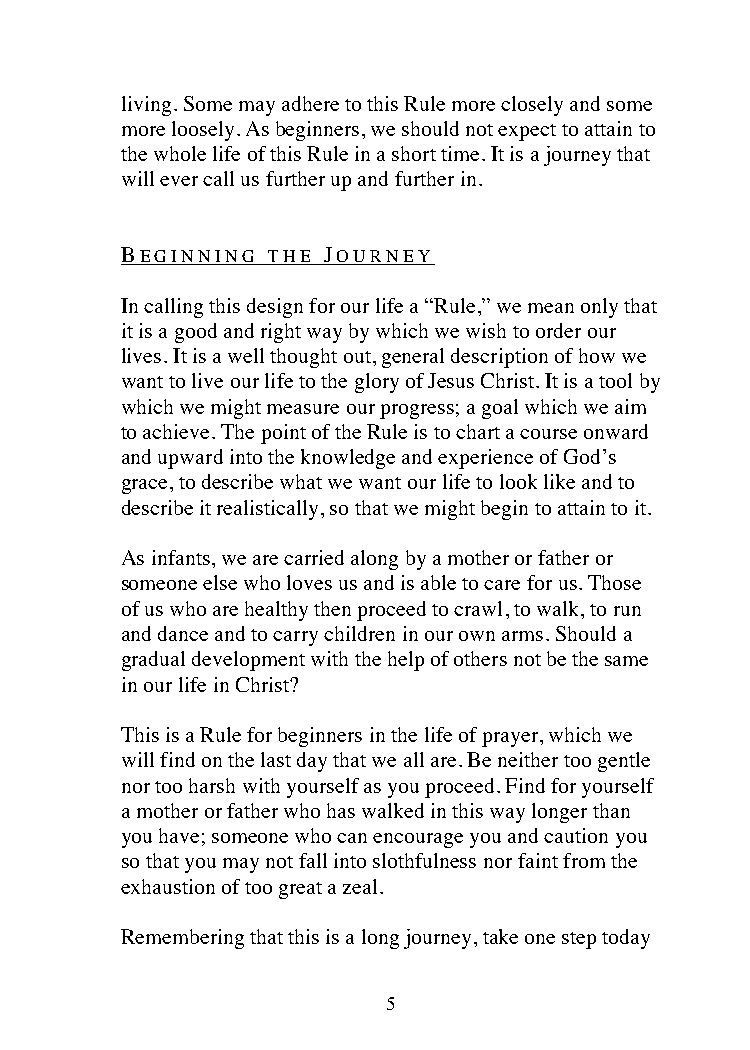
living. Some may adhere to this Rule more closely and some
 more loosely. As beginners, we should not expect to attain to
 the whole life of this Rule in a short time. It is a journey that
 will ever call us further up and further in.
 BEGINNING THE JOURNEY
 In calling this design for our life a “Rule,” we mean only that
 it is a good and right way by which we wish to order our
 lives. It is a well thought out, general description of how we
 want to live our life to the glory of Jesus Christ. It is a tool by
 which we might measure our progress; a goal which we aim
 to achieve. The point of the Rule is to chart a course onward
 and upward into the knowledge and experience of God’s
 grace, to describe what we want our life to look like and to
 describe it realistically, so that we might begin to attain to it.
 As infants, we are carried along by a mother or father or
 someone else who loves us and is able to care for us. Those
 of us who are healthy then proceed to crawl, to walk, to run
 and dance and to carry children in our own arms. Should a
 gradual development with the help of others not be the same
 in our life in Christ?
 This is a Rule for beginners in the life of prayer, which we
 will find on the last day that we all are. Be neither too gentle
 nor too harsh with yourself as you proceed. Find for yourself
 a mother or father who has walked in this way longer than
 you have; someone who can encourage you and caution you
 so that you may not fall into slothfulness nor faint from the
 exhaustion of too great a zeal.
 Remembering that this is a long journey, take one step today
 5